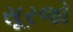
સૂરજો